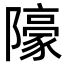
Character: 䧫